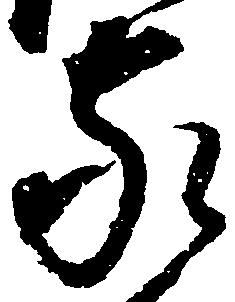
家